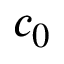
c _ { 0 }